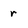
Character: r